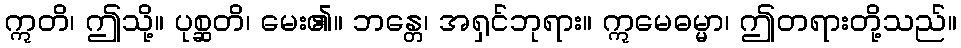
ဣတိ၊ ဤသို့။ ပုစ္ဆတိ၊ မေး၏။ ဘန္တေ၊ အရှင်ဘုရား။ ဣမေဓမ္မာ၊ ဤတရားတို့သည်။